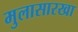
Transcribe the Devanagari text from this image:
मुलासारखा